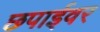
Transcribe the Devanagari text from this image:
छपाईवर